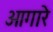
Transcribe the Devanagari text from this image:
आगारे